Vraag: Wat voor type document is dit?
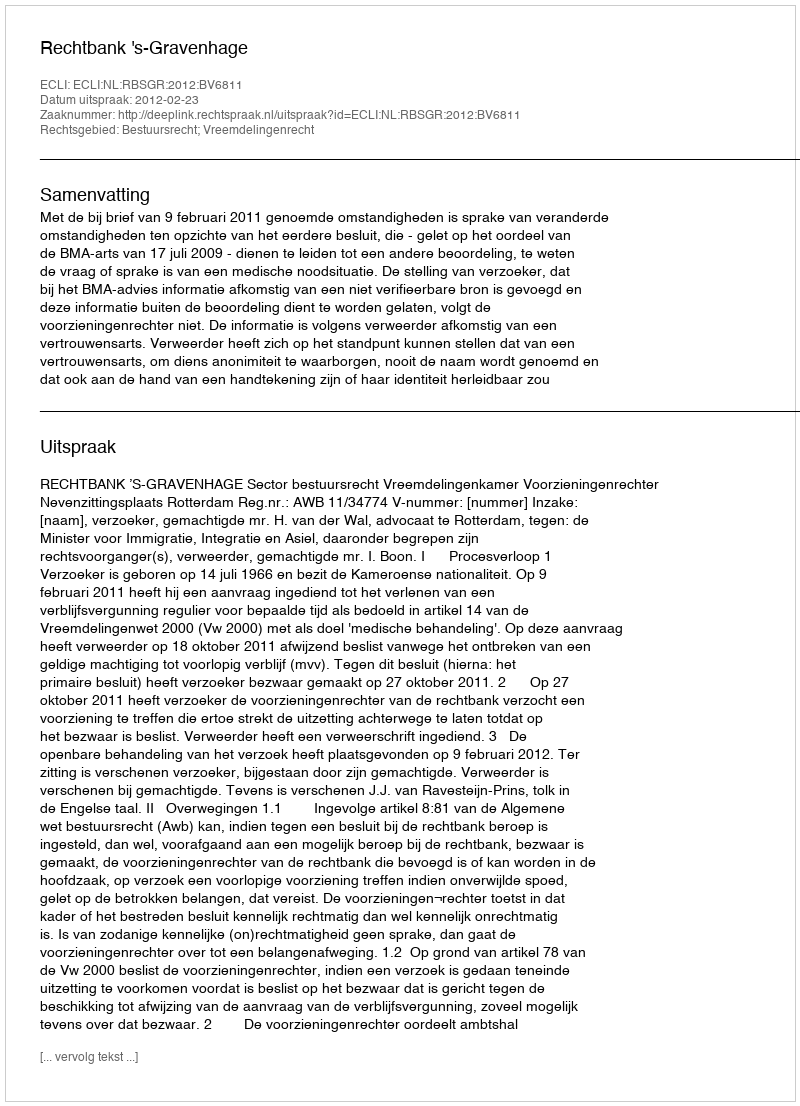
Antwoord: Uitspraak